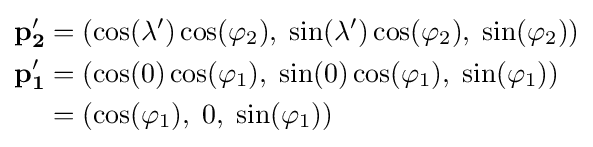
{\begin{aligned}{\bf {p_{2}'}}&=(\cos(\lambda ')\cos(\varphi _{2}),\;\sin(\lambda ')\cos(\varphi _{2}),\;\sin(\varphi _{2}))\\{\bf {p_{1}'}}&=(\cos(0)\cos(\varphi _{1}),\;\sin(0)\cos(\varphi _{1}),\;\sin(\varphi _{1}))\\&=(\cos(\varphi _{1}),\;0,\;\sin(\varphi _{1}))\end{aligned}}